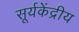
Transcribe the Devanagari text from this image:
सूर्यकेंद्रीय